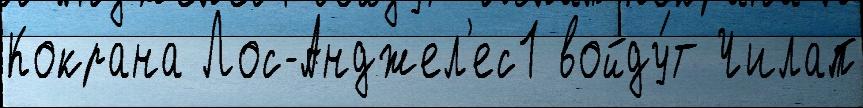
Кокрана Лос-Анджел'ес1 войду́т Чилап